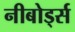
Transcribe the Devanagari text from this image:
नीबोर्ड्स